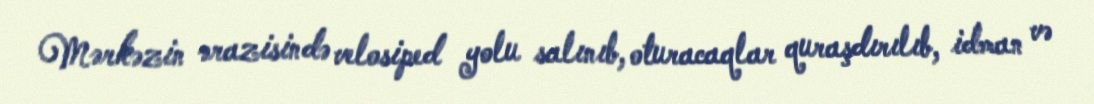
Mərkəzin ərazisində velosiped yolu salınıb, oturacaqlar quraşdırılıb, idman və